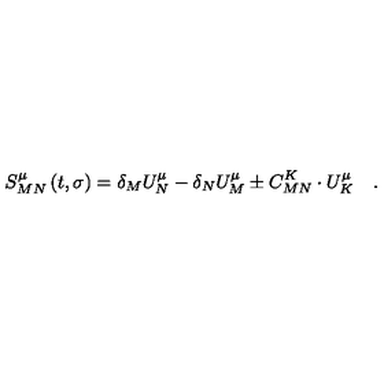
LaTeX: S _ { M N } ^ { \mu } \left( t , \sigma \right) = \delta _ { M } U _ { N } ^ { \mu } - \delta _ { N } U _ { M } ^ { \mu } \pm C _ { M N } ^ { K } \cdot U _ { K } ^ { \mu } \quad .